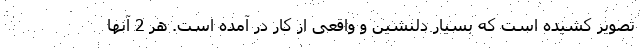
تصویر کشیده است که بسیار دلنشین و واقعی از کار در آمده است. هر 2 آنها